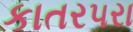
કાતર૫રા